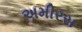
અમીરસ